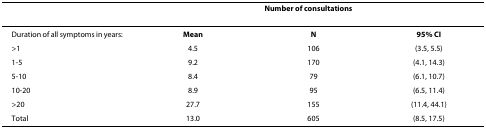
|  | <COLSPAN=3> Number of consultations |
 | --- | --- | --- | --- |
 | Duration of all symptoms in years: | Mean | N | 95% CI |
 | >1 | 4.5 | 106 | (3.5, 5.5) |
 | 1-5 | 9.2 | 170 | (4.1, 14.3) |
 | 5-10 | 8.4 | 79 | (6.1, 10.7) |
 | 10-20 | 8.9 | 95 | (6.5, 11.4) |
 | >20 | 27.7 | 155 | (11.4, 44.1) |
 | Total | 13.0 | 605 | (8.5, 17.5) |